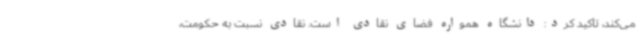
می‌کند، تاکید کرد: دانشگاه همواره فضای نقادی است. نقادی نسبت به حکومت،